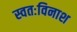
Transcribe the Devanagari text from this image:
स्वतःविनाश